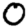
Digit: 0